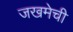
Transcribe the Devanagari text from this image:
जखमेची